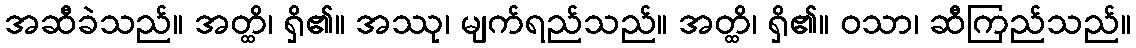
အဆီခဲသည်။ အတ္ထိ၊ ရှိ၏။ အဿု၊ မျက်ရည်သည်။ အတ္ထိ၊ ရှိ၏။ ဝသာ၊ ဆီကြည်သည်။